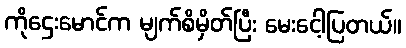
ကိုဌေးမောင်က မျက်စိမှိတ်ပြီး မေးငေါ့ပြတယ်။